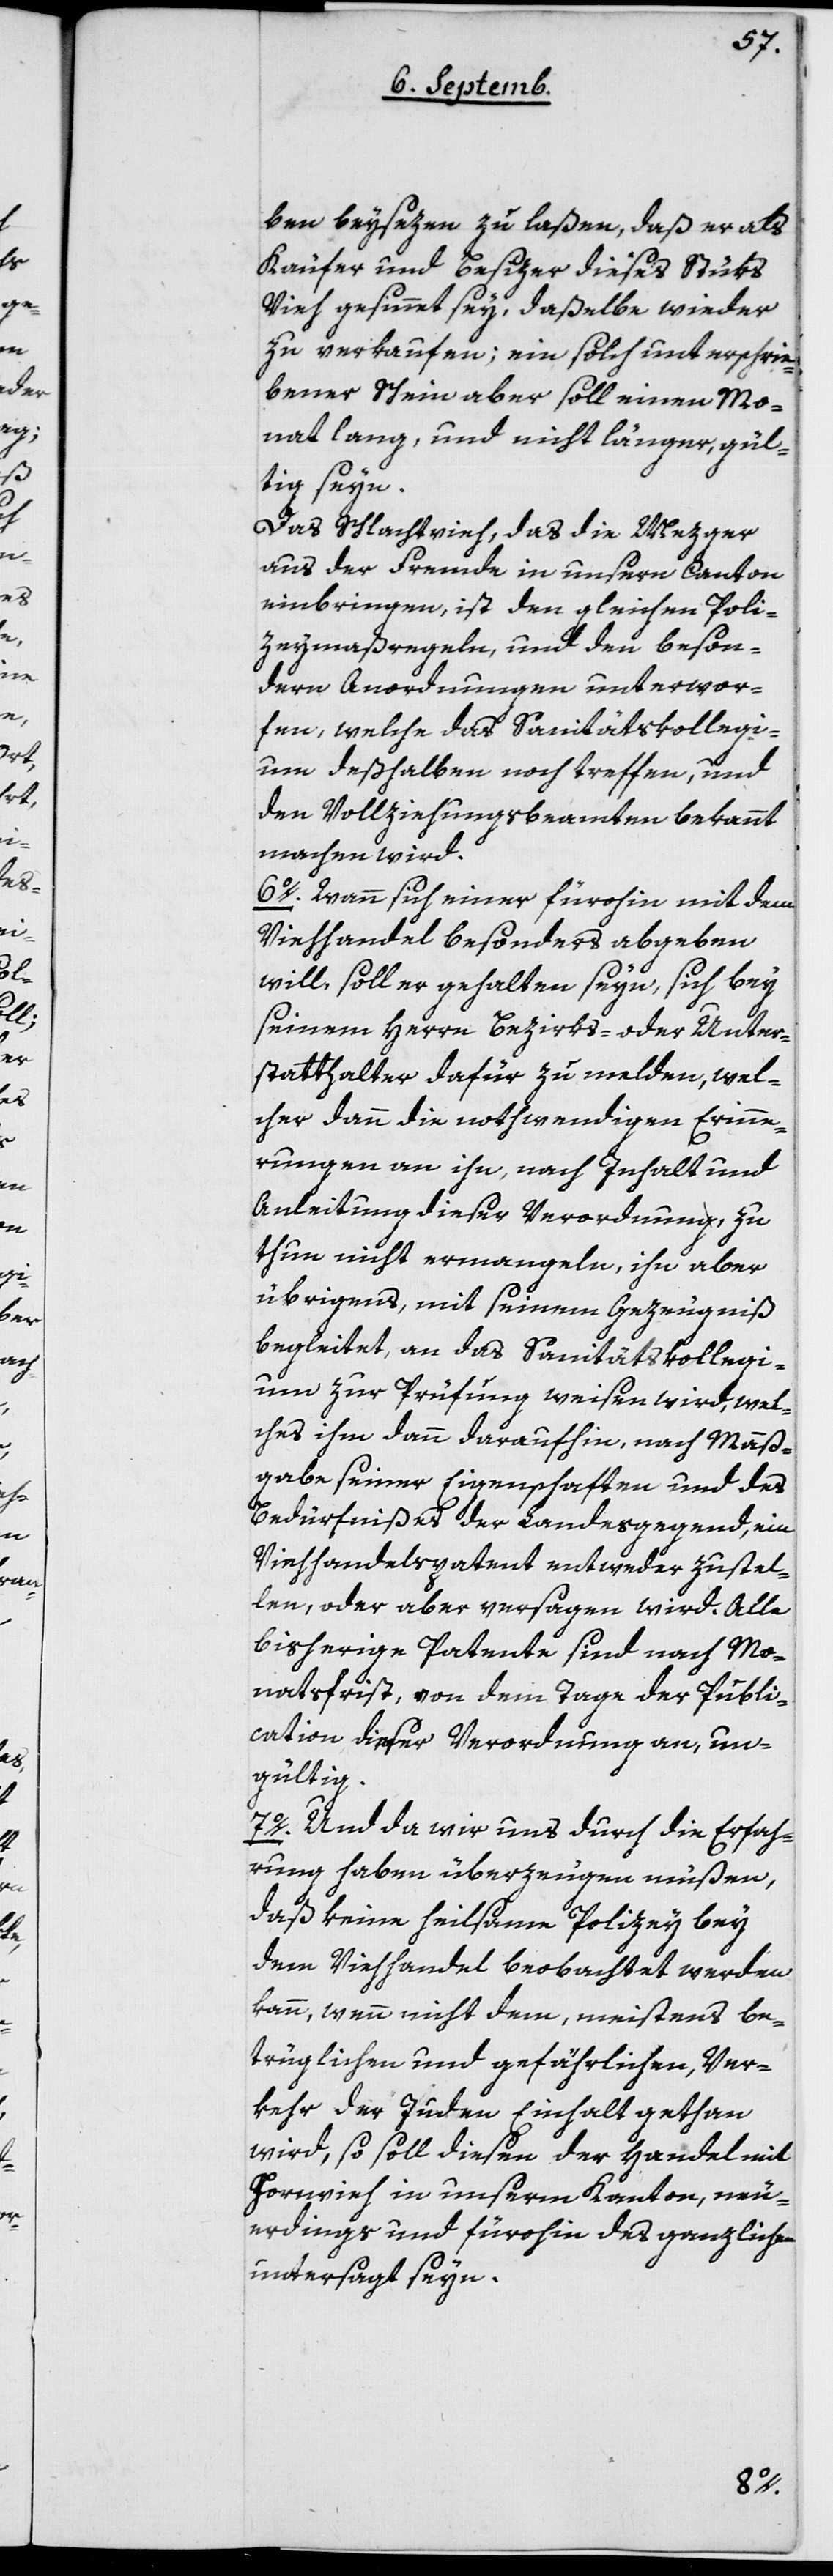
ben beysezen zu laßen, daß er als
Käufer und Besizer dieses Stüks
Vieh gesinnt sey, daßelbe wieder
zu verkaufen; ein solch unterschrie¬
bener Schein aber soll einen Mo¬
nat lang, und nicht länger, gül¬
tig seyn.
Das Schlachtvieh, das die Mezger
aus der Fremde in unsern Canton
einbringen, ist den gleichen Poli¬
zeymaßregeln, und den beson¬
dern Anordnungen unterwor¬
fen, welche das Sanitätskollegi¬
um deßhalben noch treffen, und
den Vollziehungsbeamten bekannt
machen wird.
6o Wann sich einer fürohin mit dem
Viehhandel besonders abgeben
will, soll er gehalten seyn, sich bey
seinem Herrn Bezirks- oder Unter¬
statthalter dafür zu melden, wel¬
cher dann die nothwendigen Erinne¬
rungen an ihn, nach Inhalt und
Anleitung dieser Verordnung zu
thun nicht ermangeln, ihn aber
übrigens, mit seinem Gezeugniß
begleitet, an das Sanitätskollegi¬
um zur Prüfung weisen wird, wel¬
ches ihm dann daraufhin, nach Maaß¬
gabe seiner Eigenschaften und des
Bedürfnißes der Landesgegend, ein
Viehhandelspatent entweder zustel¬
len, oder aber versagen wird. Alle
bisherige Patente sind nach Mo¬
natsfrist, von dem Tage der Publi¬
cation dieser Verordnung an, un¬
gültig.
7o Und da wir uns durch die Erfah¬
rung haben überzeugen müßen,
daß keine heilsame Polizey bey
dem Viehhandel beobachtet werden
kann, wenn nicht dem, meistens be¬
trüglichen und gefährlichen Ver¬
kehr der Juden Einhalt gethan
wird, so soll diesen der Handel mit
Hornvieh in unserem Kanton, neu¬
erdings und fürohin des ganzlichen
untersagt seyn.